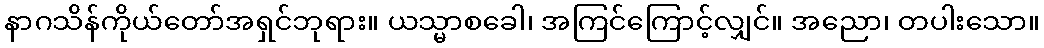
နာဂသိန်ကိုယ်တော်အရှင်ဘုရား။ ယသ္မာစခေါ၊ အကြင်ကြောင့်လျှင်။ အညော၊ တပါးသော။